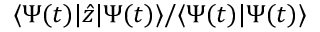
\langle \Psi ( t ) | \hat { z } | \Psi ( t ) \rangle / \langle \Psi ( t ) | \Psi ( t ) \rangle